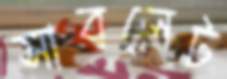
সাবলেট